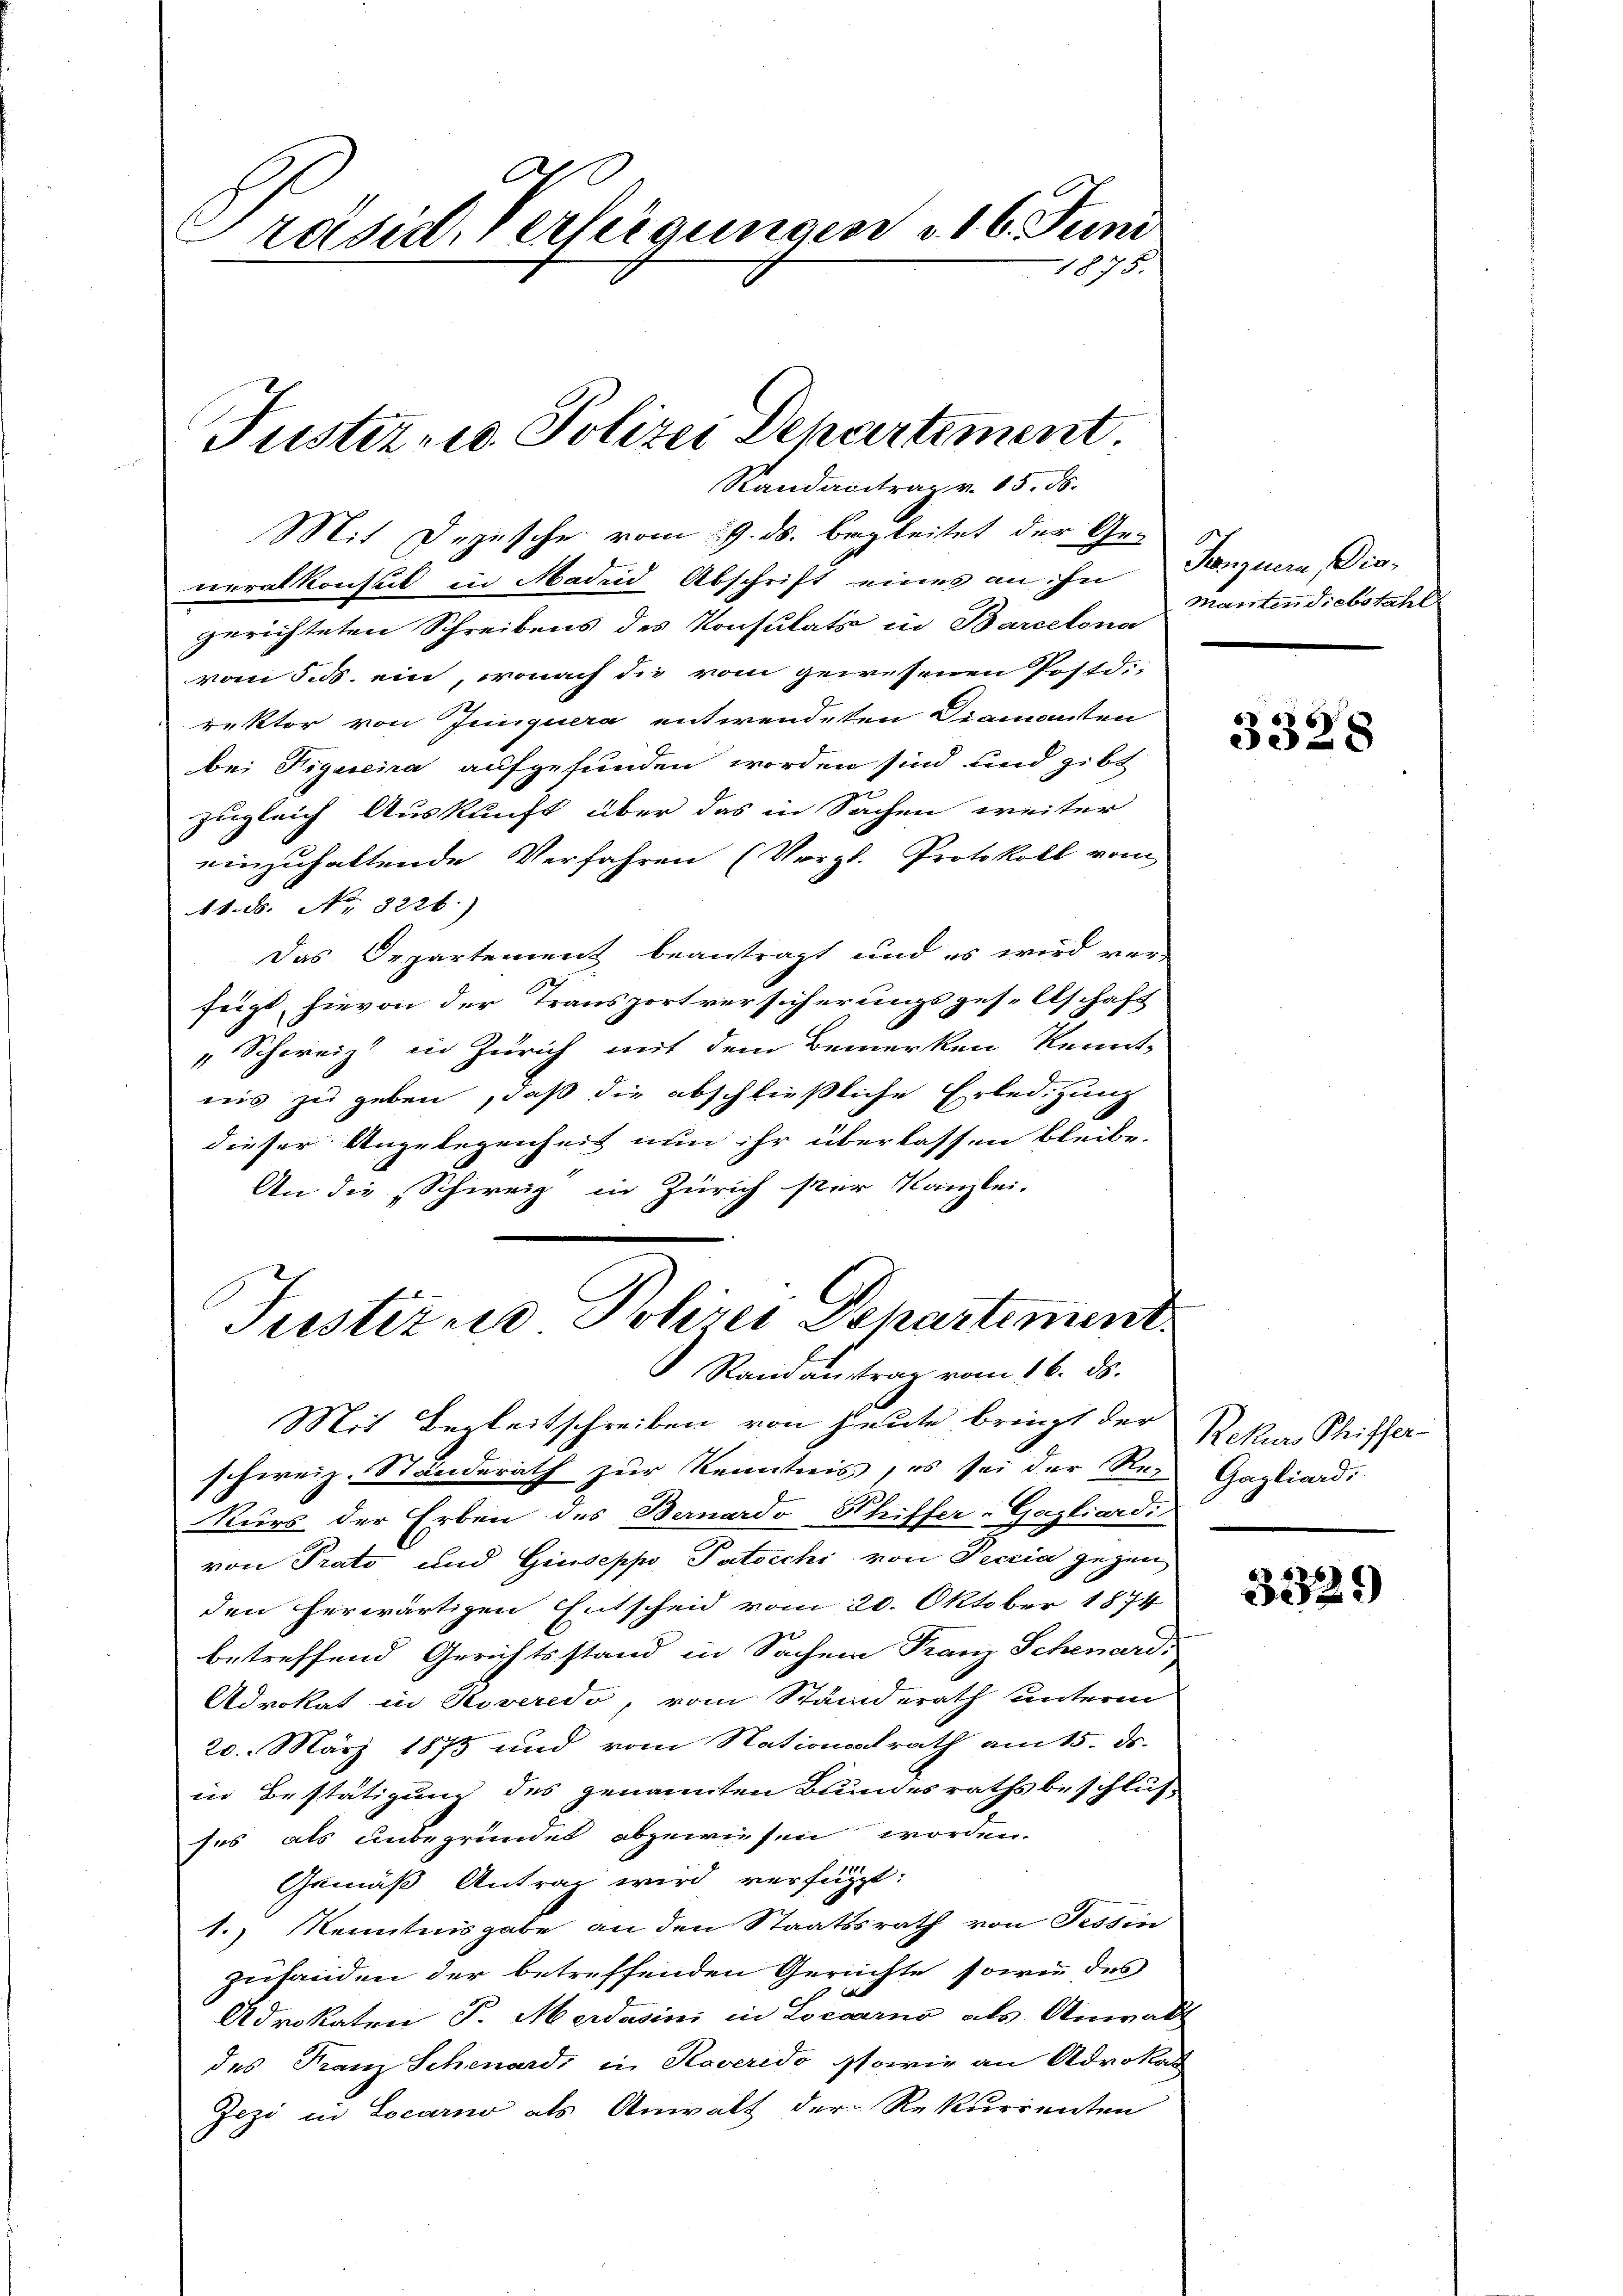
A
Präsid. Verfeigungen v. 16. Juni
2f
10

Justiz- u. Polizei Departement
Randacitrag v. 15. ds.

Mit Depesche vom 29. ds. begleitet der Ge-
neralkonsul in Madrid Abschrift eines an ihn Tanzuera, Diegerichteten Schreibens des Konsulats in Barcelona
vom 5. ds. ein, wonach die vom gewesenen Postd.-
rektor von Junquera entwendeten Diamanten
bei Figurena aufgefunden worden sind und gibt
zugleich Auskunft über das in Sachen weiter
einzuhaltende Verfahren (Vergl. Protokoll vom
11. ds. No. 3226.)
Das Departement beantragt und es wird ver-
fügt hievon der Transportversicherungsgesellschaft
„Schweiz in Zürich mit dem Bemerken kennt
l
aus zu geben, daß die abschließliche Erledigung
dieser Angelegenheit nun ihr überlassen bleibe.
An die „Schweiz in Zürich ster Kanzlei.

Trestitus Polizei Departement
Randaustrag vom 16. ds.
Mit Begleitschreiben von Heute bringt der

schweiz. Standerath zur Kenntnis, es sei der Re-
Kurs der Erben des Bernardo Schiffer-Gazliardi,
von Prato und Giuseppo Patocchi von Deccia gegen
den herwärtigen Entscheid vom 20. Oktober 1874
betreffend Gerichtsstand in Sachen Franz Schenardi
Advokat in Riveredo, vom Standerath unterm
20. März 1875 und vom Stationalrath am 15. ds.
in Bestätigung des genannten Bundesrathsbeschlus
ses als unbegründet abgewiesen worden.
Gemäß Antrag wird verfügt:
1.) Kenntnisgabe an den Staatssrath von Tessin
zufanden der betreffenden Gerichte sowie des
Adrokaten P. Merdasini in Locarno als Anwalt
des Franz Schenard, in Kaveredo gsowie an Advokas
Jezi in Locarno als Anwalt der Rekurrenten

manten diebstahl

3328

Rekurs Schiffer
Gagliardi

3329)